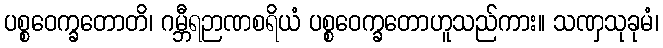
ပစ္စဝေက္ခတောတိ၊ ဂမ္ဘီရဉာဏစရိယံ ပစ္စဝေက္ခတောဟူသည်ကား။ သဏှသုခုမံ၊